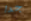
جدا